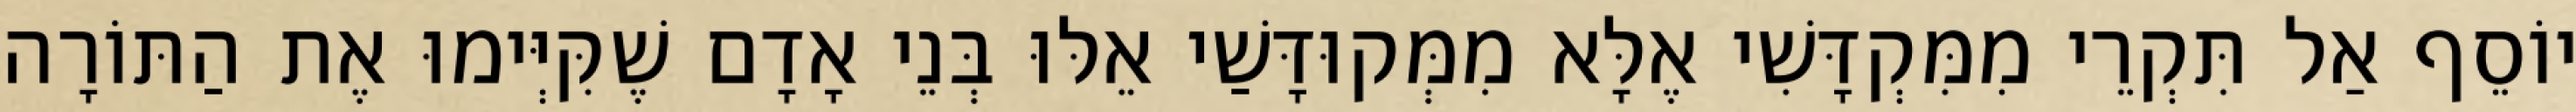
יוֹסֵף אַל תִּקְרֵי מִמִּקְדָּשִׁי אֶלָּא מִמְּקוּדָּשַׁי אֵלּוּ בְּנֵי אָדָם שֶׁקִּיְּימוּ אֶת הַתּוֹרָה